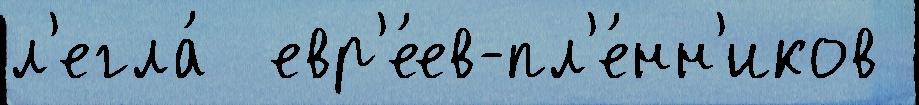
л'егла́  евр'е́ев-пл'е́нн'иков